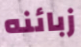
زبائنه